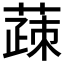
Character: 䔫